Indian journal of veterinary science and animal husbandry - Volume 1,
Year: 1931
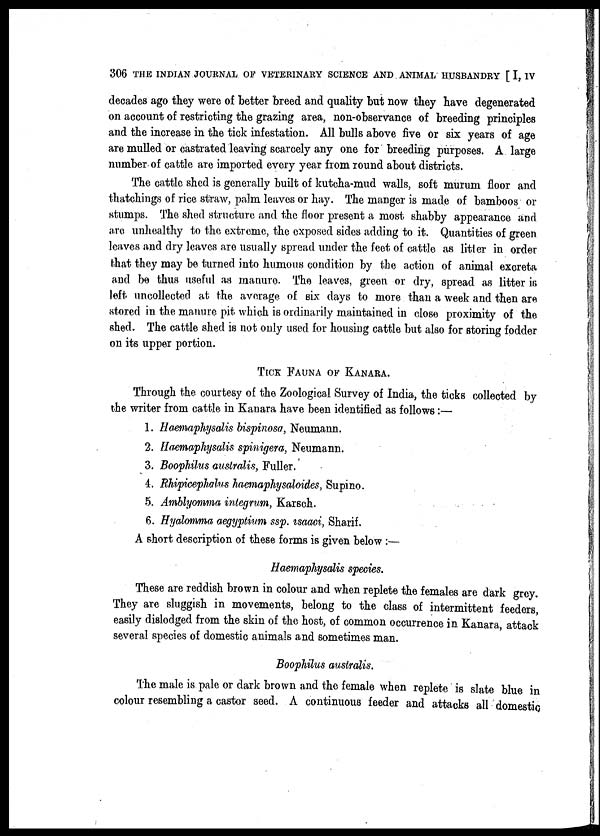
306 THE INDIAN JOURNAL OF VETERINARY SCIENCE AND ANIMAL HUSBANDRY [I, IV
decades ago they were of better breed and quality but now they have degenerated
on account of restricting the grazing area, non-observance of breeding principles
and the increase in the tick infestation. All bulls above five or six years of age
are mulled or castrated leaving scarcely any one for breeding purposes. A. large
number of cattle are imported every year from round about districts.
The cattle shed is generally built of kutcha-mud walls, soft murum floor and
thatchings of rice straw, palm leaves or hay. The manger is made of bamboos or
stumps. The shed structure and the floor present a most shabby appearance and
are unhealthy to the extreme, the exposed sides adding to it. Quantities of green
leaves and dry leaves are usually spread under the feet of cattle as litter in order
that they may be turned into humous condition by the action of animal excreta
and be thus useful as manure. The leaves, green or dry, spread as litter is
left uncollected at the average of six days to more than a week and then are
stored in the manure pit which is ordinarily maintained in close proximity of the
shed. The cattle shed is not only used for housing cattle but also for storing fodder
on its upper portion.
TICK FAUNA OF KANARA.
Through the courtesy of the Zoological Survey of India, the ticks collected by
the writer from cattle in Kanara have been identified as follows:—
1. Haemaphysalis bispinosa, Neumann.
2. Haemaphysalis spinigera, Neumann.
3. Boophilus australis, Fuller.
4. Rhipicephalus haemaphysaloides, Supino.
5. Amblyomma integrum, Karsch.
6. Hyalomma aegyptium ssp. isaaci, Sharif.
A short description of these forms is given below :—
Haemaphysalis species.
These are reddish brown in colour and when replete the females are dark grey.
They are sluggish in movements, belong to the class of intermittent feeders,
easily dislodged from the skin of the host, of common occurrence in Kanara, attack
several species of domestic animals and sometimes man.
Boophilus australis.
The male is pale or dark brown and the female when replete is slate blue in
colour resembling a castor seed. A continuous feeder and attacks all domestic